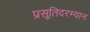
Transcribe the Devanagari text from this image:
प्रसूतिदरम्यान